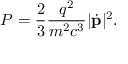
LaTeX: P = { \frac { 2 } { 3 } } { \frac { q ^ { 2 } } { m ^ { 2 } c ^ { 3 } } } | { \dot { \mathbf { p } } } | ^ { 2 } .